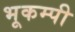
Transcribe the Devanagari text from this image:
भूकम्पी